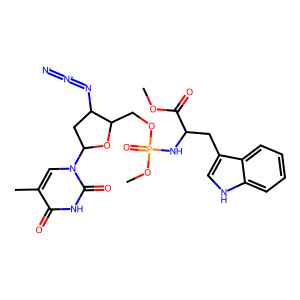
SMILES: COC(=O)C(Cc1c[nH]c2ccccc12)NP(=O)(OC)OCC1OC(n2cc(C)c(=O)[nH]c2=O)CC1N=[N+]=[N-]
Inhibits HIV replication: Yes